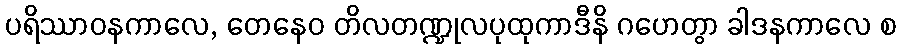
ပရိဿာဝနကာလေ, တေနေဝ တိလတဏ္ဍုလပုထုကာဒီနိ ဂဟေတွာ ခါဒနကာလေ စ